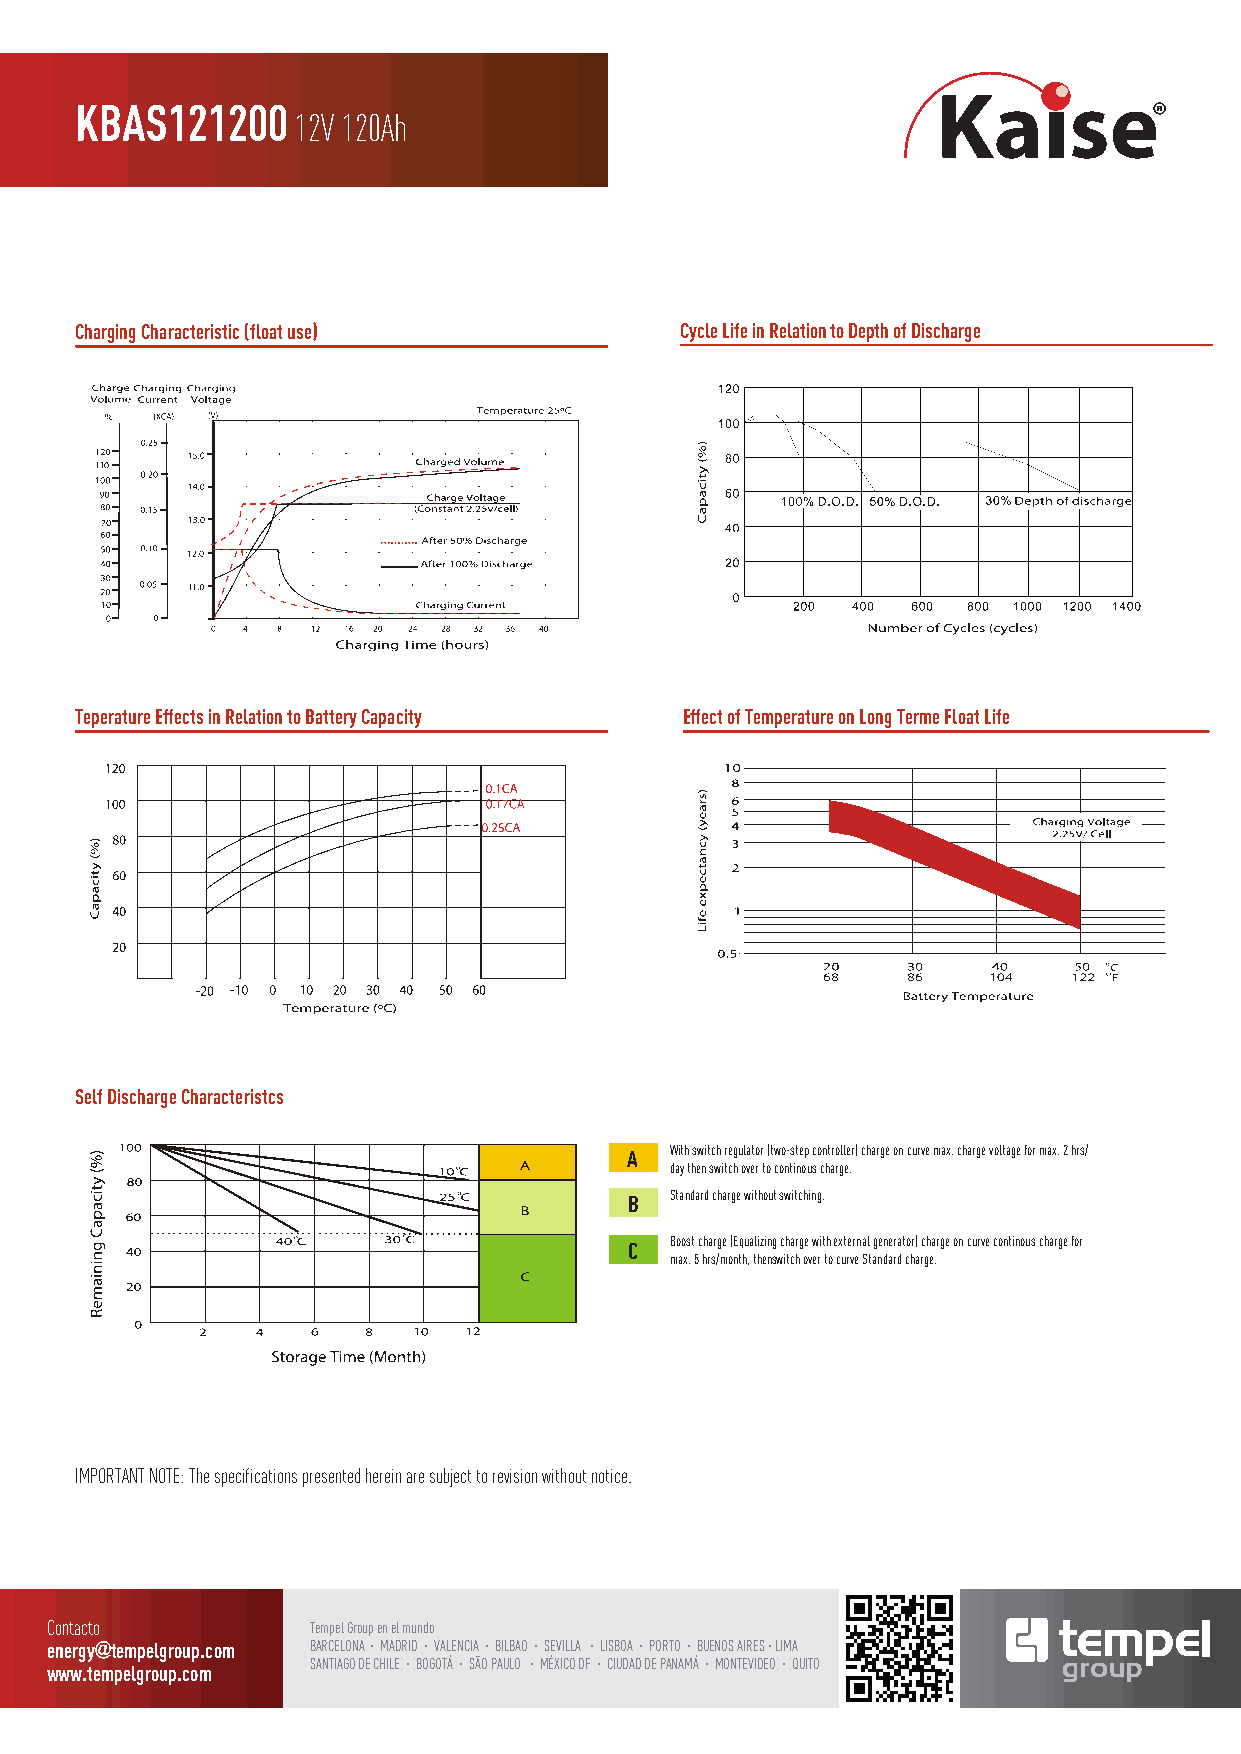
KBAS121200
 12V 120Ah
 Charging Characteristic (float use)     Cycle Life in Relation to Depth of Discharge
 Teperature Effects in Relation to Battery Capacity Effect of Temperature on Long Terme Float Life
 Self Discharge Characteristcs
 A With switch regulator (two-step controller) charge on curve max. charge voltage for max. 2 hrs/
 day then switch over to continous charge.
 B Standard charge without switching.
 C Boost charge (Equalizing charge with external generator) charge on curve continous charge for
 max. 5 hrs/month, thenswitch over to curve Standard charge.
 IMPORTANT NOTE: The specifications presented herein are subject to revision without notice.
 CCoonnttaaccttoo  TTeemmwwppeewwll GGwwrroouuPP..pptt eeeeAAnnmm eeNNll mmppAAuueennddSSllooggOOrrooNNuuIIppCC..cc ooEEmmVVOOLLTTAA EELL FFUUTTUURROO DDEE LLAASS PPIILLAASS
 eenneerrggyy@@tteemmppeellggrroouupp..ccoomm BBAARRCCEELLOONNAA ·· MMAADDRRIIDD ·· VVAALLEENNCCIIAA ·· BBIILLBBAAOO ·· SSEEVVIILLLLAA ·· LLIISSBBOOAA ·· PPOORRTTOO ·· BBUUEENNOOSS AAIIRREESS ·· LLIIMMAA
 SSAABBNNTTAAIIRRAAGGCCOOEE LLDDOOEE NNCCHHAAII LL EE·· ··MM BBAAOODDGGRROOIITTDDÁÁ ···· SSVVÃÃAAOOLL PPEEAANNUUCCLLOOIIAA ·· ·· MM BBÉÉXXIILLIICCBBOOAA DDOOFF ···· CCSSIIEEUUVVDDIIAALLDDLL DDAAEE PP··AA NNLLAAIIMMSSBBÁÁ OO ··AA MM ··OO NN PPTTEEOOVVRRIIDDTTEEOOOO ·· QQUUIITTOO
 wwwwww..tteemmppeellggrroouupp..ccoomm
 BBUUEENNOOSS AAIIRREESS ·· SSAANNTTIIAAGGOO DDEE CCHHIILLEE ·· BBOOGGOOTTÁÁ ·· SSÃÃOO PPAAUULLOO ·· LLIIMMAA ·· MMEEXXIICCOO DDFF